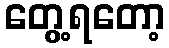
တွေ့ရတော့